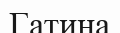
Гатина